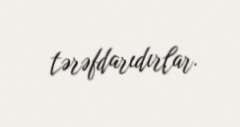
tərəfdarıdırlar.